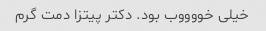
خیلی خووووب بود. دکتر پیتزا دمت گرم